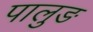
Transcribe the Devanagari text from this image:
पालुङ